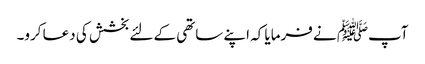
آپﷺ نے فرمایا کہ اپنے ساتھی کے لئے بخشش کی دعا کرو۔